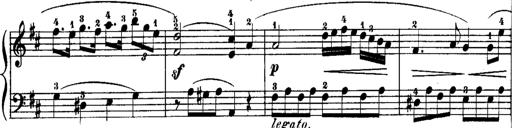
Title: Rondos and Sonatinas for Pianoforte
Composer: Daniel Steibelt